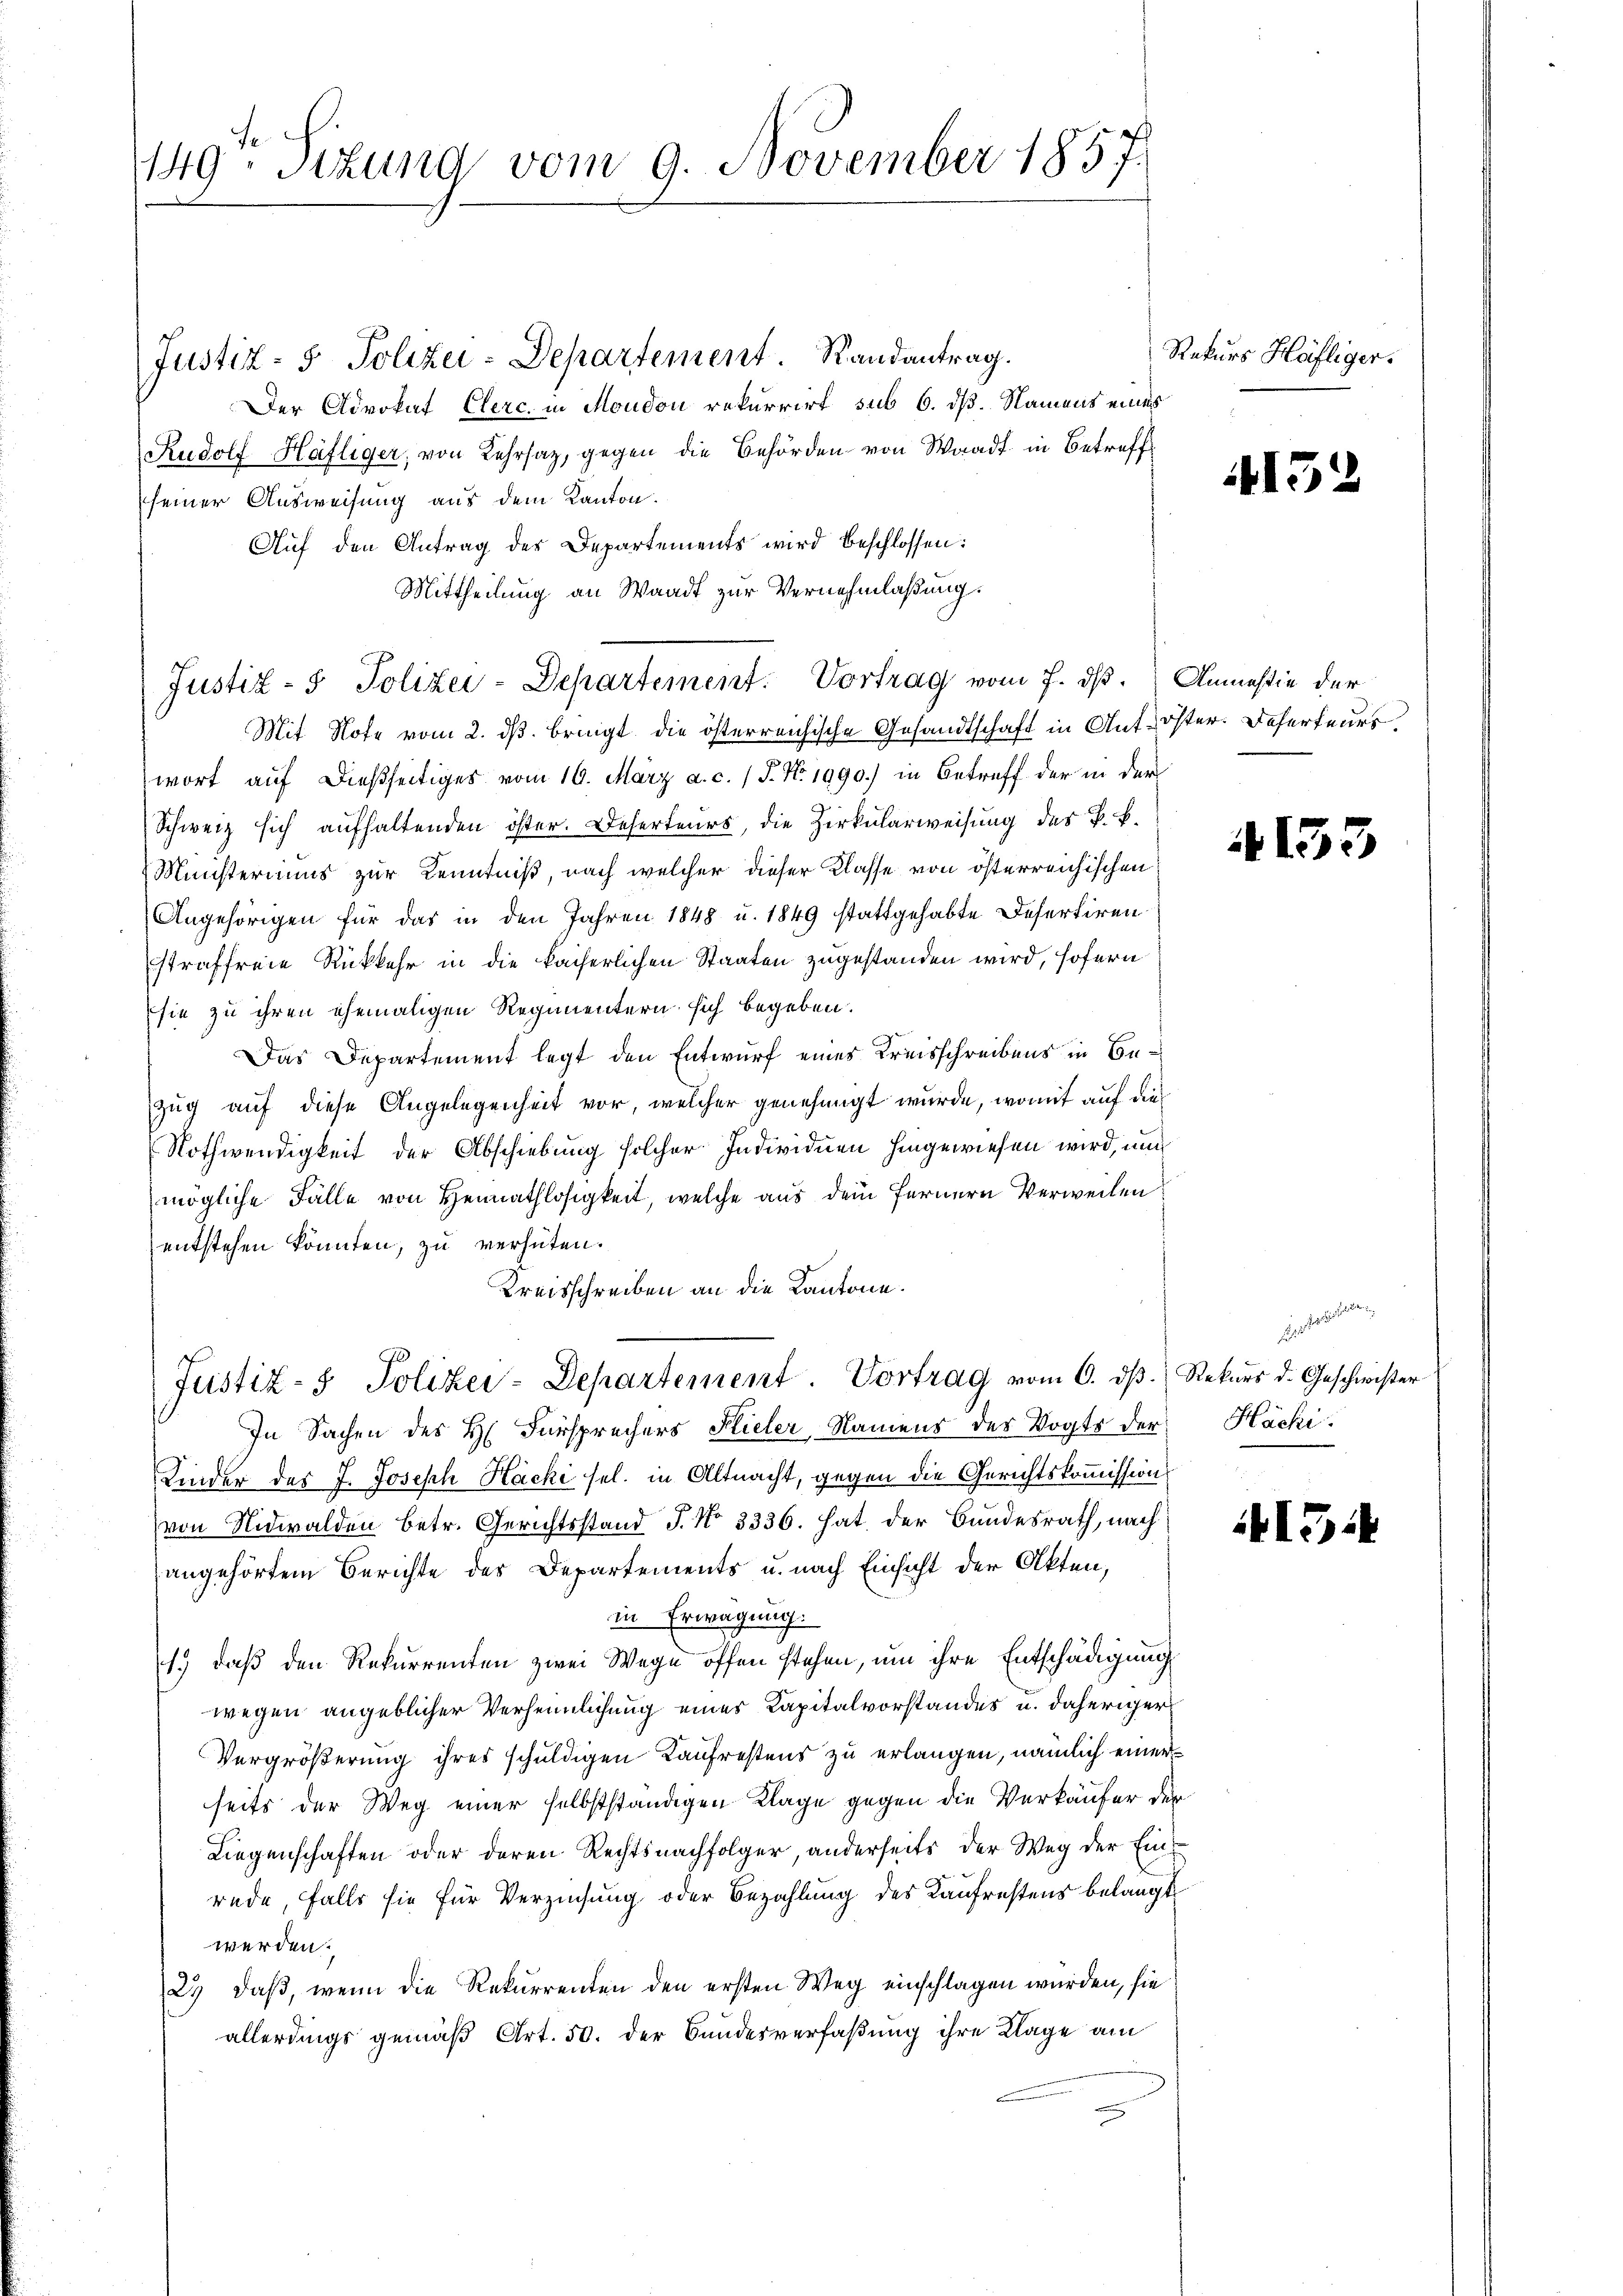
1149. Sitzung vom 9. November 1857.

Justiz- & Polizei-Departement. Randantrag.
Der Advokat Clerc. in Moudon rekurrirt sub 6. dß. Namens eines
Rudolf Häfliger, von Lehrsaz, gegen die Behörden von Waadt in Betreff
seiner Ausweisung aus dem Kanton.
Auf den Antrag des Departements wird beschlossen:
Mittheilung an Waadt zur Vernehmlaßung.
Mit Hofe vom 2. ds. bringt die österreichische Gesandtschaft in Ant-öster. Deserteurs,
wort auf dießseitiges vom 19. März a. c. (T. No. 1990.) in Betreff der in der
Schweiz sich aufhaltenden öster. Deserteurs, die Zirkularweisung des k. k.
Minsteriums zur Kenntniß, nach welcher dieser Klasse von österreichischen
Angehörigen für das in den Jahren 1848 u. 1849 stattgehabte Defertirenstraffreie Rückkehr in die kaiserlichen Staaten zugestanden wird, sofern
sie zu ihren ehemaligen Regimentern sich begeben.
Das Departement legt den Entwurf eines Kreisschreibens in Bezug auf diese Angelegenheit vor, welcher genehmigt wurde, womit auf die
Nothwendigkeit der Abschiebung solcher Individuen hingewiesen wird, und
mögliche Fälle von Heimathlosigkeit, welche aus dem Fernern Verweilen:
entstehen könnten, zu verhüten.
Kreisschreiben an die Kantone.
Justiz- & Polizei-Departement. Vortrag vom 6. d. Rekurs d. Geschwister
In Sachen des H. Fürsprechers Flieler, Namens des Vogts der Häcki.
Kinder des J. Joseph Hacke sel. in Altnacht, gegen die Gerichtskommission
von Nidwalden betr. Gerichtsstand J. No 3336. hat der Bundesrath, nach
angehörtem Berichte der Departements u. nach Einsicht der Akten,
in Erwägung.
1.) daß den Rekurrenten zwei Wege offen stehen, um ihre Entschädigung
wegen angeblicher Verheimlichung eines Kapitalvorstandes u. daheriger
Vergrößerung ihres schuldigen Kaufrestens zu erlangen, nämlich einer
seits der Weg einer selbstständigen Klage gegen die Verkäufer der
Liegenschaften oder deren Rechtsnachfolger, anderseits der Weg der Einrede, falls sie für Verzinsung oder Bezahlung des Kaufrestens belangt
werden.
23, daß, wenn die Rekurrenten den ersten Weg einschlagen würden, sie
allerdings gemäß Art. 50. der Bundesverfaßung ihre Klage am

Justiz- & Polizei-Departement. Vortrag vom 7. ds. Anmasie der

Rekurs Häfliger.

4152

4153

din des einen

15.